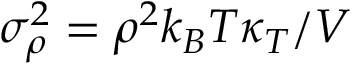
\sigma _ { \rho } ^ { 2 } = \rho ^ { 2 } k _ { B } T \kappa _ { T } / V